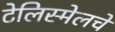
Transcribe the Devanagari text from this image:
टेलिस्मेलचे